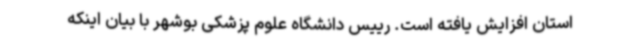
استان افزایش‌ یافته است. رییس دانشگاه علوم پزشکی بوشهر با بیان اینکه